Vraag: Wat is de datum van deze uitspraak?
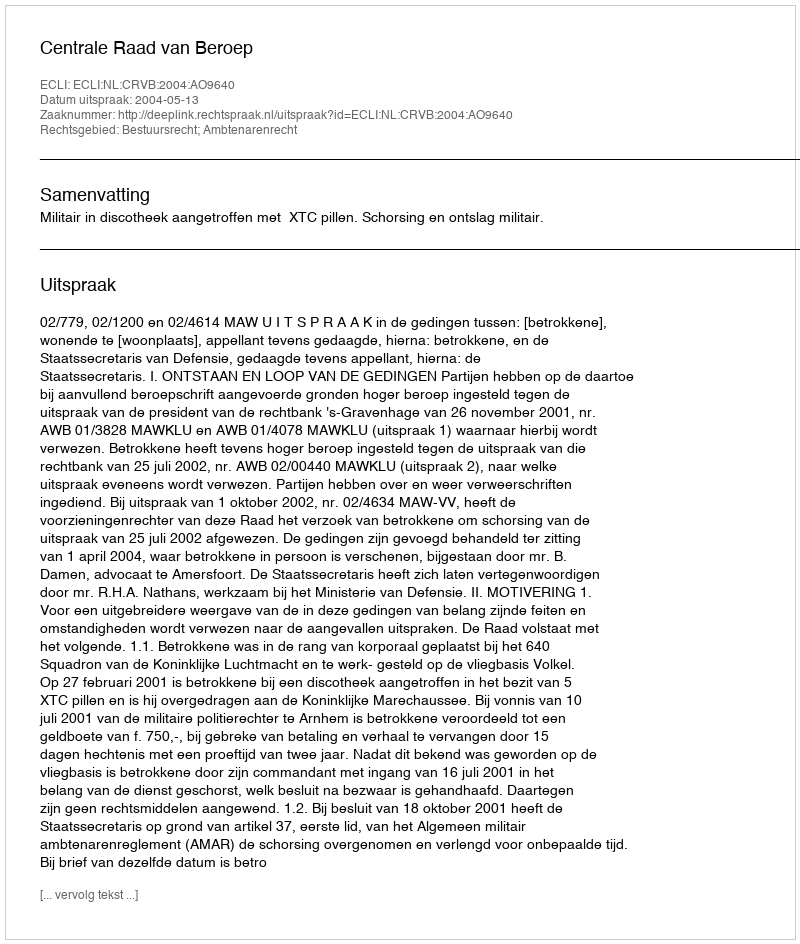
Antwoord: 2004-05-13